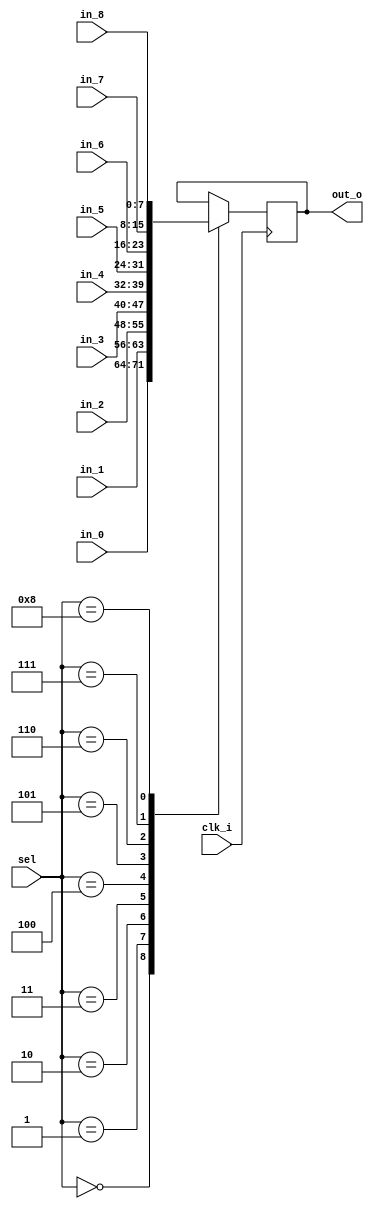
`timescale 1ns / 1ps
//////////////////////////////////////////////////////////////////////////////////
// Company: 
// 
// Design Name: 
// Module Name:    mux8_1 
// Project Name: 
// Target Devices: 
// Tool versions: 
// Description: 
//
// Dependencies: 
//
// Revision: 
// Revision 0.01 - File Created
// Additional Comments: 
//
//////////////////////////////////////////////////////////////////////////////////
module mux8_1(clk_i,sel,in_0,in_1,in_2,in_3,in_4,in_5,in_6,in_7,in_8,out_o);

input clk_i;
input [3:0] sel;
input [7:0]in_0,in_1,in_2,in_3,in_4,in_5,in_6,in_7,in_8;
output reg[7:0] out_o;

always @(posedge clk_i)
      case (sel)
			4'b0000: out_o = in_0;
         4'b0001: out_o = in_1;
         4'b0010: out_o = in_2;
         4'b0011: out_o = in_3;
         4'b0100: out_o = in_4;
         4'b0101: out_o = in_5;
         4'b0110: out_o = in_6;
         4'b0111: out_o = in_7;
         4'b1000: out_o = in_8;
			
      endcase
		


endmodule